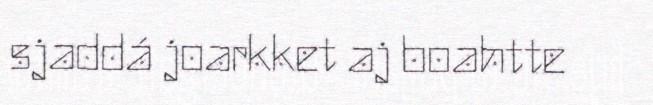
sjaddá joarkket aj boahtte